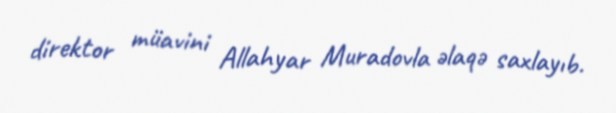
direktor müavini Allahyar Muradovla əlaqə saxlayıb.